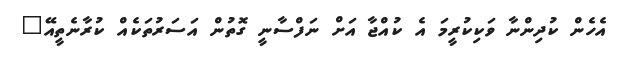
އެހެން ކުދިންނާ ވަކިކުރީމަ އެ ކުއްޖާ އަށް ނަފްސާނީ ގޮތުން އަސަރުތަކެއް ކުރާނެތީއޭ"